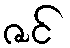
ဇင်